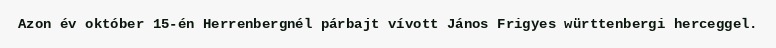
Azon év október 15-én Herrenbergnél párbajt vívott János Frigyes württenbergi herceggel.